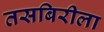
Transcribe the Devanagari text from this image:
तसबिरीला